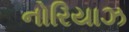
નોરિયાઝ